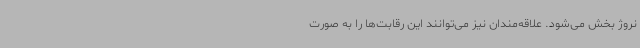
نروژ بخش می‌شود. علاقه‌مندان نیز می‌توانند این رقابت‌ها را به صورت